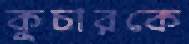
কুচারকে